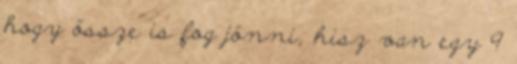
hogy össze is fog jönni, hisz van egy 9